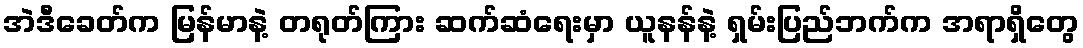
အဲဒီခေတ်က မြန်မာနဲ့ တရုတ်ကြား ဆက်ဆံရေးမှာ ယူနန်နဲ့ ရှမ်းပြည်ဘက်က အရာရှိတွေ